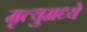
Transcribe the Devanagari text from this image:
मृत्युमध्ये